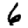
Digit: 6